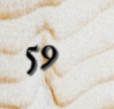
59